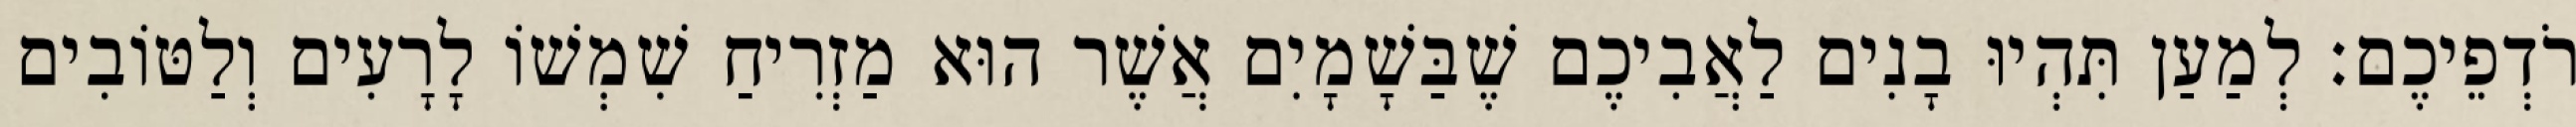
רֹדְפֵיכֶם׃ לְמַעַן תִּהְיוּ בָנִים לַאֲבִיכֶם שֶׁבַּשָׁמָיִם אֲשֶׁר הוּא מַזְרִיחַ שִׁמְשׁוֹ לָרָעִים וְלַטּוֹבִים